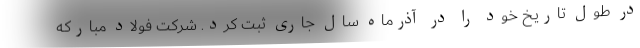
در طول تاریخ خود را در آذرماه سال جاری ثبت کرد. شرکت فولاد مبارکه